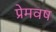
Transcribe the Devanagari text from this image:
प्रेमवष